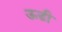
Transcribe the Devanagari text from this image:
ऊडी